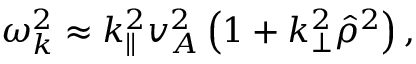
\begin{array} { r } { \omega _ { k } ^ { 2 } \approx k _ { \parallel } ^ { 2 } v _ { A } ^ { 2 } \left( 1 + k _ { \perp } ^ { 2 } \hat { \rho } ^ { 2 } \right) , } \end{array}